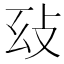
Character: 𢻽